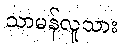
သာမန်လူသား